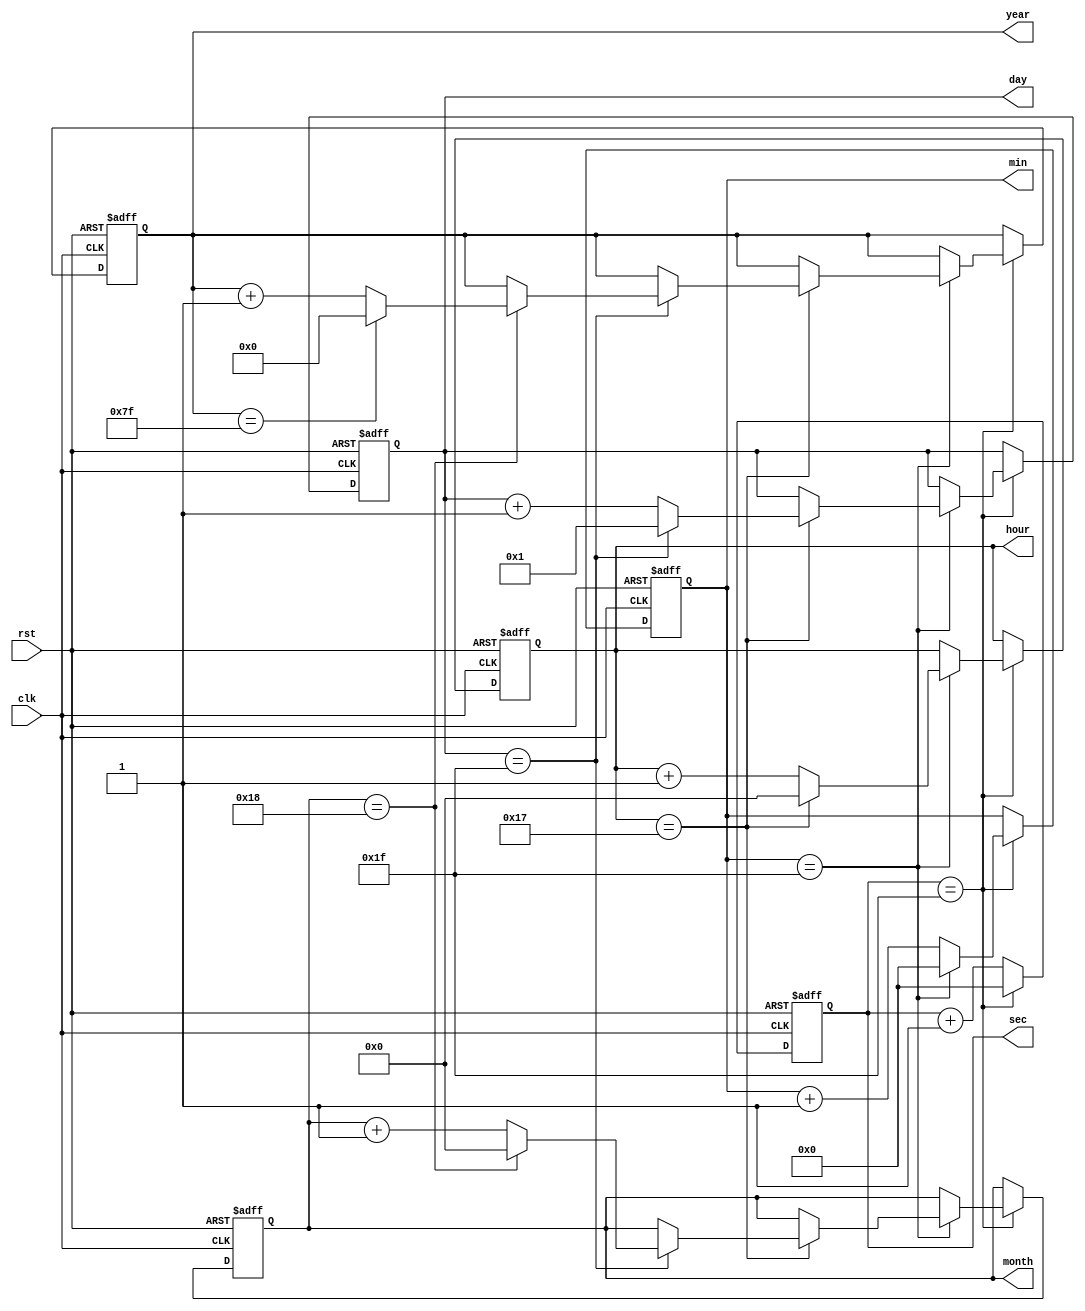
module RTC_timer(
    input wire clk,       // External clock source
    input wire rst,       // Reset input for synchronization
    output reg [6:0] sec, // Seconds (0-59)
    output reg [6:0] min, // Minutes (0-59)
    output reg [4:0] hour, // Hours (0-23)
    output reg [4:0] day, // Days (1-31)
    output reg [4:0] month, // Months (1-12)
    output reg [7:0] year // Years (0-127)
);

reg [6:0] sec_count;
reg [6:0] min_count;
reg [4:0] hour_count;
reg [4:0] day_count;
reg [4:0] month_count;
reg [7:0] year_count;

always @(posedge clk or posedge rst) begin
    if (rst) begin
        sec_count <= 7'b0000000; // Reset seconds counter
        min_count <= 7'b0000000; // Reset minutes counter
        hour_count <= 5'b00000; // Reset hours counter
        day_count <= 5'b00001; // Start at day 1
        month_count <= 5'b00001; // Start at month 1
        year_count <= 8'b00000000; // Start at year 0
    end else begin
        // Increment seconds
        if (sec_count == 7'b0011111) begin
            sec_count <= 7'b0000000;
            
            // Increment minutes
            if (min_count == 7'b0011111) begin
                min_count <= 7'b0000000;
                
                // Increment hours
                if (hour_count == 5'b10111) begin
                    hour_count <= 5'b00000;
                    
                    // Increment days
                    if (day_count == 5'b11111) begin
                        day_count <= 5'b00001;
                        
                        // Increment months
                        if (month_count == 5'b11000) begin
                            month_count <= 5'b00000;
                            
                            // Increment years
                            if (year_count == 8'b01111111) begin
                                year_count <= 8'b00000000;
                            end else begin
                                year_count <= year_count + 1;
                            end
                        end else begin
                            month_count <= month_count + 1;
                        end
                    end else begin
                        day_count <= day_count + 1;
                    end
                end else begin
                    hour_count <= hour_count + 1;
                end
            end else begin
                min_count <= min_count + 1;
            end
        end else begin
            sec_count <= sec_count + 1;
        end
    end
end

assign sec = sec_count;
assign min = min_count;
assign hour = hour_count;
assign day = day_count;
assign month = month_count;
assign year = year_count;

endmodule